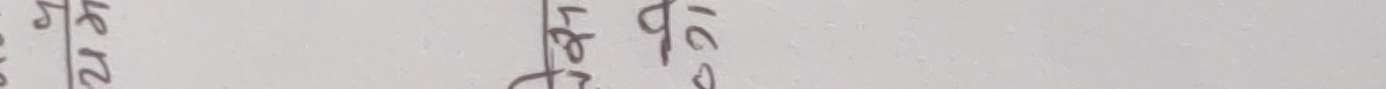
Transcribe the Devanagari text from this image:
५
१
७
२
९
१०